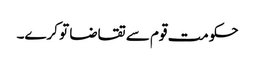
حکومت قوم سے تقاضا تو کرے۔